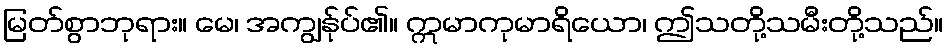
မြတ်စွာဘုရား။ မေ၊ အကျွန်ုပ်၏။ ဣမာကုမာရိယော၊ ဤသတို့သမီးတို့သည်။